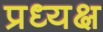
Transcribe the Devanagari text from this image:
प्रध्यक्ष